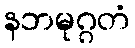
နဘမုဂ္ဂတံ